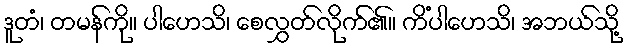
ဒူတံ၊ တမန်ကို။ ပါဟေသိ၊ စေလွှတ်လိုက်၏။ ကိံပါဟေသိ၊ အဘယ်သို့